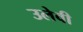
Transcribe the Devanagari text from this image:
उलेवी